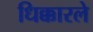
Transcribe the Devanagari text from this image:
धिक्कारले